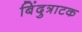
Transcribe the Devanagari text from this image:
बिंदुत्राटक